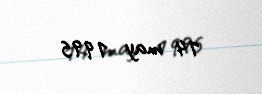
14 may 1995